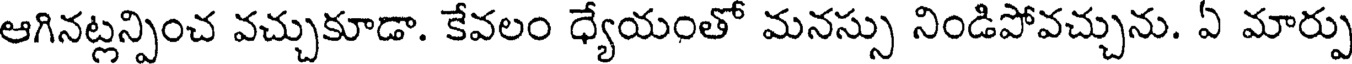
ఆగినట్లన్పించ వచ్చుకూడా. కేవలం ధ్యేయంతో మనస్సు నిండిపోవచ్చును. ఏ మార్పు